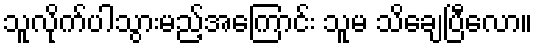
သူလိုက်ပါသွားမည့်အကြောင်း သူမ သိချေပြီလော။